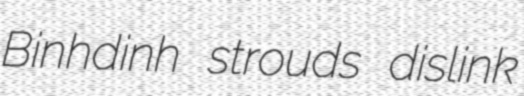
Binhdinh strouds dislink